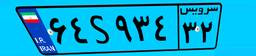
۶۴S۹۳۴۳۲